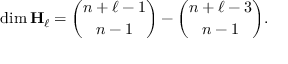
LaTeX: \dim \mathbf { H } _ { \ell } = { \binom { n + \ell - 1 } { n - 1 } } - { \binom { n + \ell - 3 } { n - 1 } } .